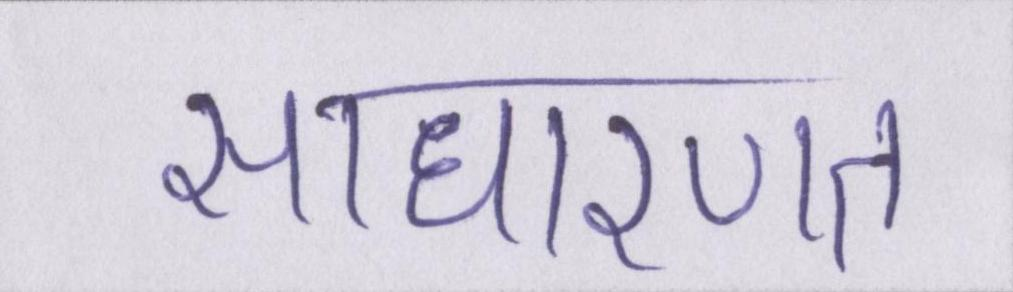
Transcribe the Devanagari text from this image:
साधारणत